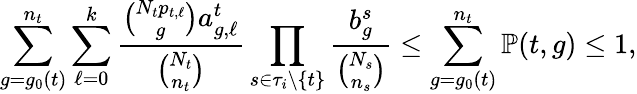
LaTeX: \sum_{g=g_{0}(t)}^{n_{t}}\sum_{\ell=0}^{k}\frac{\binom{N_{t}p_{t,\ell}}{g}a_{g,\ell}^{t}}{\binom{N_{t}}{n_{t}}}\prod_{s\in\tau_{i}\setminus\{ t\} }\frac{b_{g}^{s}}{\binom{N_{s}}{n_{s}}}\leq\sum_{g=g_{0}(t)}^{n_{t}}\mathbb{P}(t,g)\leq 1,